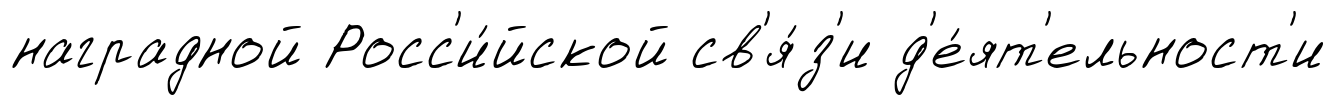
наградной Росс'и́йской св'я́з'и д'е́ят'ельност'и